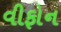
વીફોન